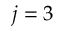
j = 3